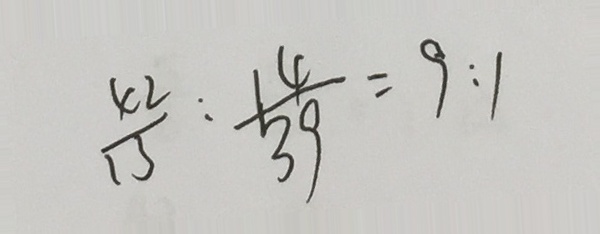
\frac { 4 2 } { 1 3 } : \frac { 1 4 } { 3 9 } = 9 : 1